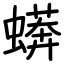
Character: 蠎